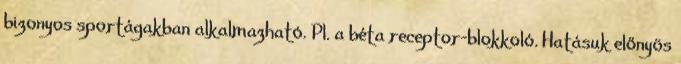
bizonyos sportágakban alkalmazható. Pl. a béta receptor-blokkoló. Hatásuk előnyös